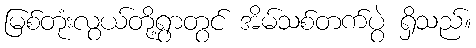
မြစ်တုံးလွယ်တို့ရွာတွင် အိမ်သစ်တက်ပွဲ ရှိသည်။